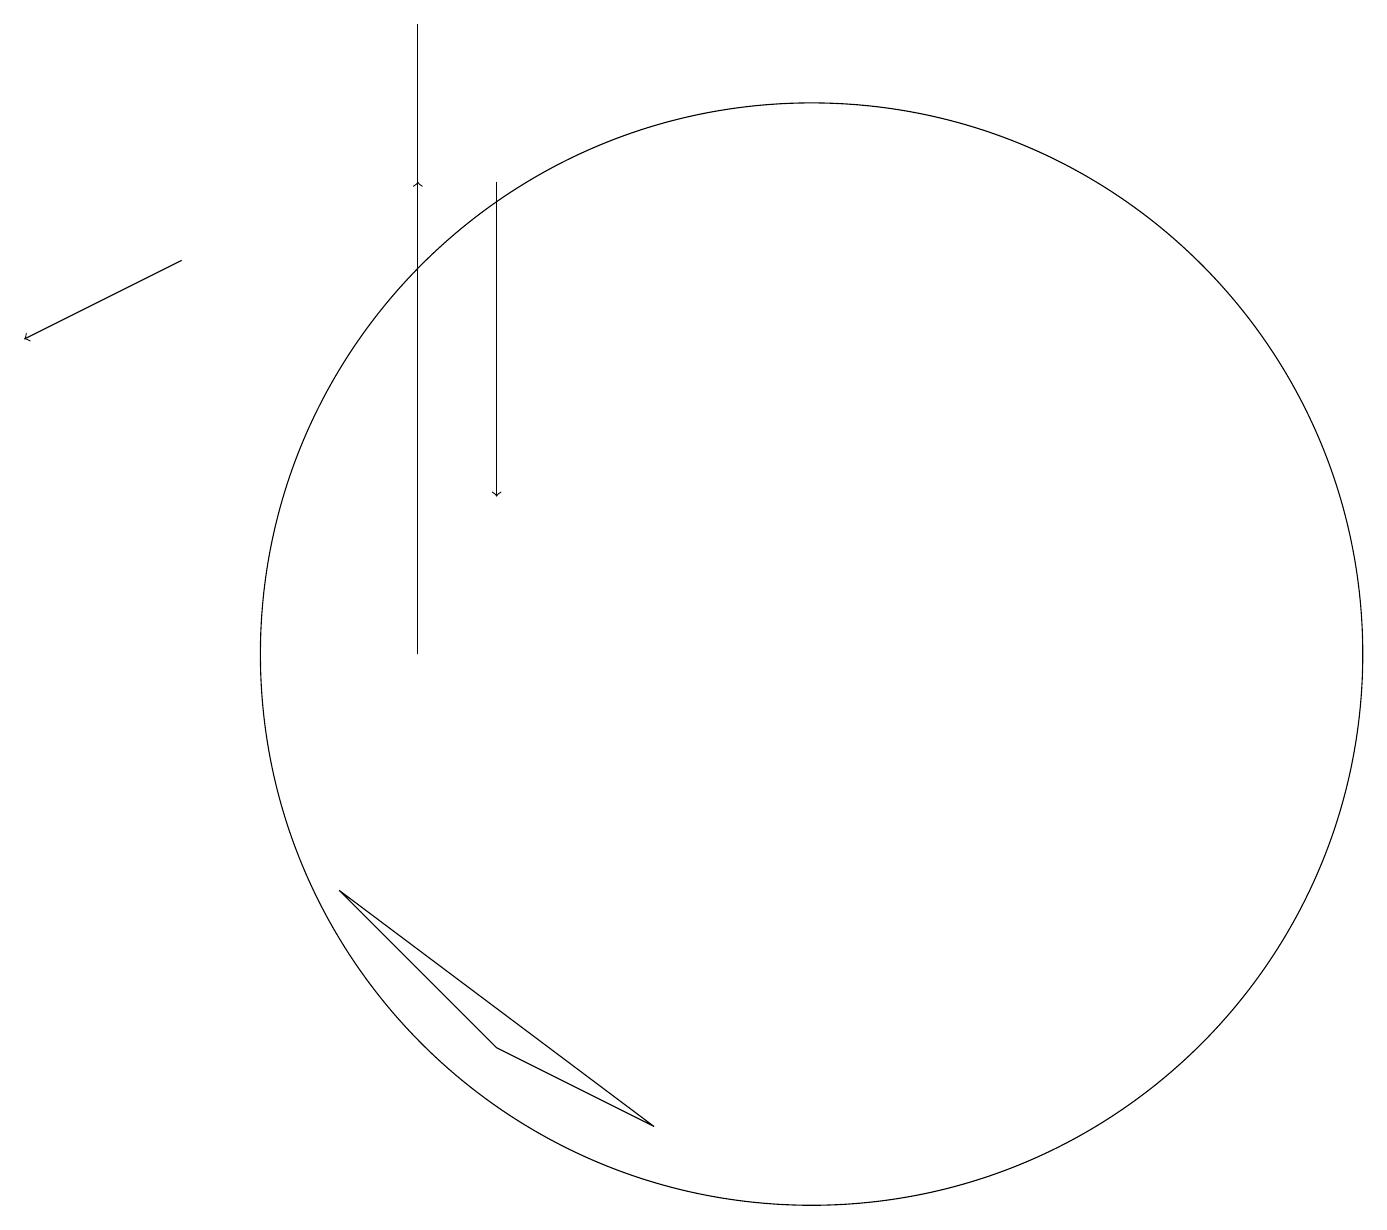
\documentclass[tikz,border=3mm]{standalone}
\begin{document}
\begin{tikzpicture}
\draw (8,5) -- (4,8) -- (6,6) -- cycle;
\draw (5,19) rectangle (5,11);
\draw[->] (6,17) -- (6,13);
\draw[->] (5,15) -- (5,17);
\draw (10,11) circle (7);
\draw[->] (2,16) -- (0,15);
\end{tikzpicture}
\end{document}